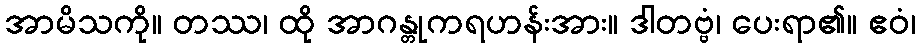
အာမိသကို။ တဿ၊ ထို အာဂန္တုကရဟန်းအား။ ဒါတဗ္ဗံ၊ ပေးရာ၏။ ဧဝံ၊